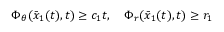
\begin{array} { r } { \Phi _ { \theta } ( \bar { x } _ { 1 } ( t ) , t ) \ge c _ { 1 } t , \quad \Phi _ { r } ( \bar { x } _ { 1 } ( t ) , t ) \ge r _ { 1 } } \end{array}